Civil Veterinary Department Bihar reports 1936-40 - 1936-1940
Year: 1936
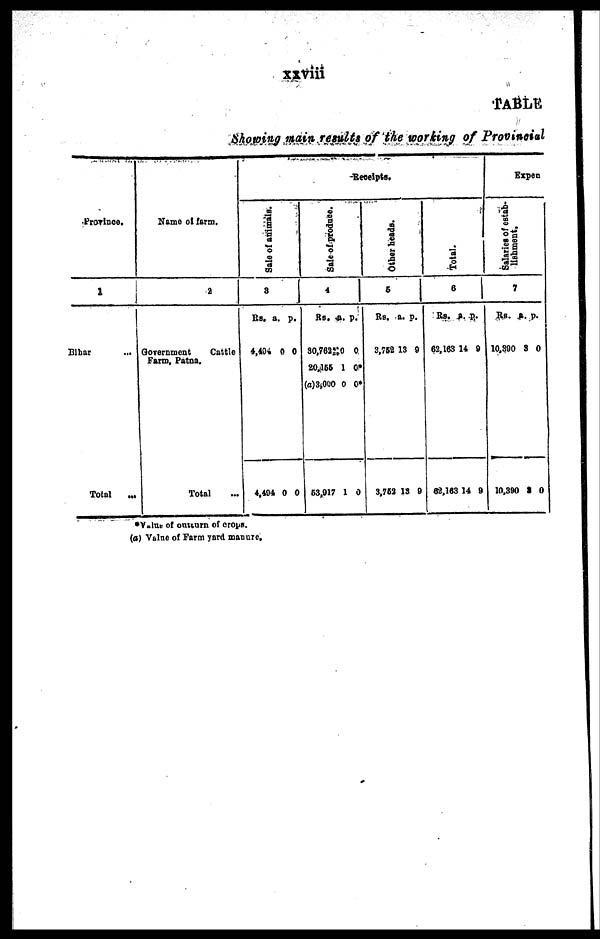
xxviii
TABLE
Showing main results of the working of Provincial
Province.
1
Bihar ...
Total
...
Name of farm.
2
Government
Cattle
Farm, Patna.
Total ...
Receipts.
Sal e of animals.
3
Rs.
4,494
4,494
a.
0
0
p.
0
0
Sale of produce.
4
Rs.
30,763
20,155
(a)3,000
53,917
a.
0
1
0
1
p.
0
0*
0*
0
Other beads.
5
Rs.
3,752
3,752
a.
13
13
p.
9
9
Tot al .
6
Rs.
62,163
62,163
a.
14
14
p.
9
9
Expen
Salaries of estab-
l
i
s hment .
7
Rs.
10,390
10,390
a.
3
3
p.
0
0
* Value of outturn of crops.
(a) Value of Farm yard manure.